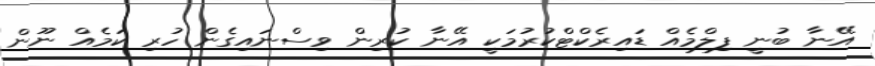
އޭނާ ބުނީ ފިލްމެއް ޑައިރެކްޓްކުރުމަކީ އޭނާ ކުރިން ވިސްނައިގެން ހުރި ކަމެއް ނޫން